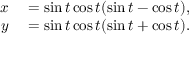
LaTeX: \begin{array} { r l } { x } & { { } = \sin t \cos t ( \sin t - \cos t ) , } \\ { y } & { { } = \sin t \cos t ( \sin t + \cos t ) . } \end{array}